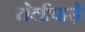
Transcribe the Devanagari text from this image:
तेलीपाड़े